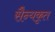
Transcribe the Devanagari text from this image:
सैन्यकृत